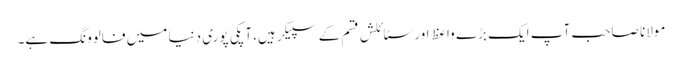
مولانا صاحب آپ ایک بڑے واعظ اور سٹائلش قسم کے سپیکر ہیں، آپکی پوری دنیا میں فالوونگ ہے۔